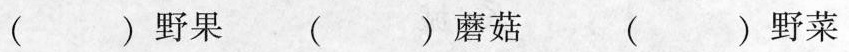
( )野果 ( )蘑菇 ( )野菜